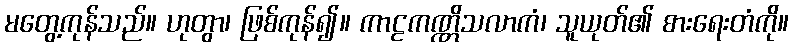
မတွေ့ကုန်သည်။ ဟုတွာ၊ ဖြစ်ကုန်၍။ ကာဠကဏ္ဏိသလာကံ၊ သူယုတ်၏ စားရေးတံကို။